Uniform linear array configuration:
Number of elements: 12
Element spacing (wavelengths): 0.25
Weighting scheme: binomial
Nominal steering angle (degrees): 60
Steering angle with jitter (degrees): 58.812
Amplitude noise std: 0.05
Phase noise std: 0.05

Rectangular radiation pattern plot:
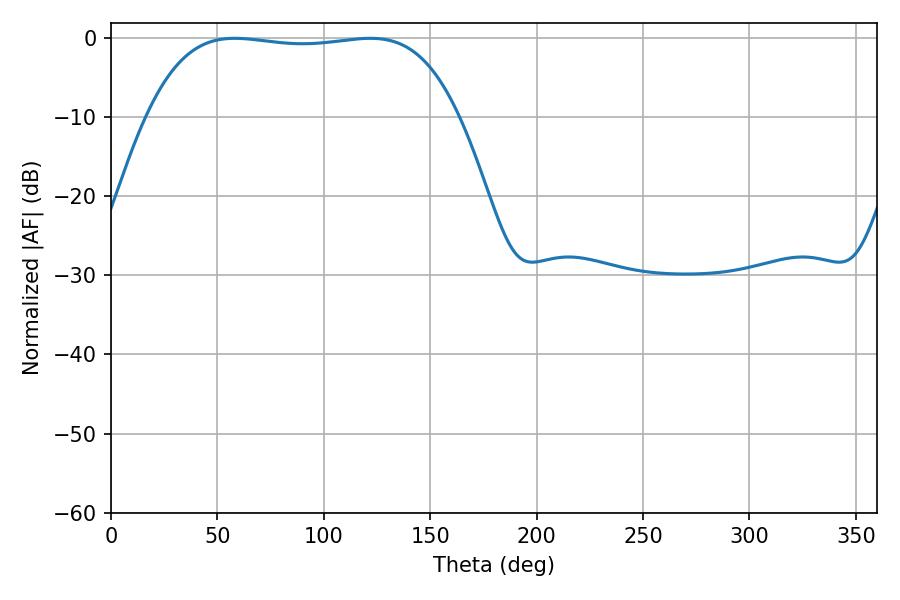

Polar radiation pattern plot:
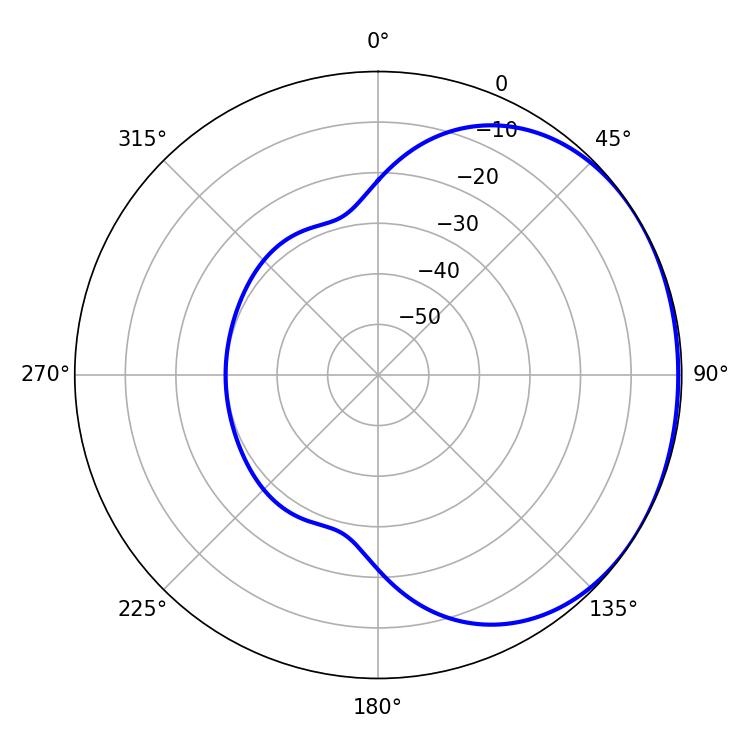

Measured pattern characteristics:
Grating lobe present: FALSE
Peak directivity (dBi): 1.028
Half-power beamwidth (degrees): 115.2
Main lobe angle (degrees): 58.14